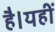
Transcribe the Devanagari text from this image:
है।यहीं